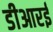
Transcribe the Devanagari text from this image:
डीआरई